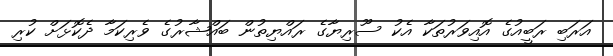
އަރަބި ރަބީއުގެ އޮއިވަރުތަކާ އެކު ސޫރިޔާގެ ރައްޔިތުން ބައްޝާރުގެ ވެރިކަމާ ދެކޮޅަށް ކުރި